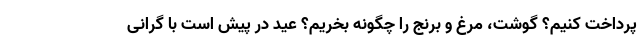
پرداخت کنیم؟ گوشت، مرغ و برنج را چگونه بخریم؟ عید در پیش است با گرانی